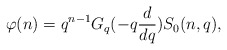
\begin{align*}\varphi (n) = q^{n-1} G_{q}(-q \frac {d}{dq}) S_{0}(n,q),\end{align*}